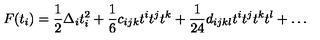
F ( t _ { i } ) = { \frac { 1 } { 2 } } \Delta _ { i } t _ { i } ^ { 2 } + { \frac { 1 } { 6 } } c _ { i j k } t ^ { i } t ^ { j } t ^ { k } + { \frac { 1 } { 2 4 } } d _ { i j k l } t ^ { i } t ^ { j } t ^ { k } t ^ { l } + \dots